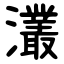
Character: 灇